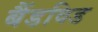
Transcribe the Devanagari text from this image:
बैंडविड